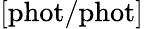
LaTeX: [\mathrm{phot/phot}]